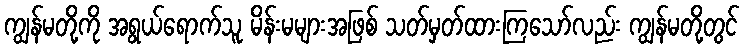
ကျွန်မတို့ကို အရွယ်ရောက်သူ မိန်းမများအဖြစ် သတ်မှတ်ထားကြသော်လည်း ကျွန်မတို့တွင်